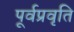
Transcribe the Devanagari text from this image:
पूर्वप्रवृति